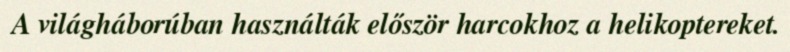
A világháborúban használták először harcokhoz a helikoptereket.